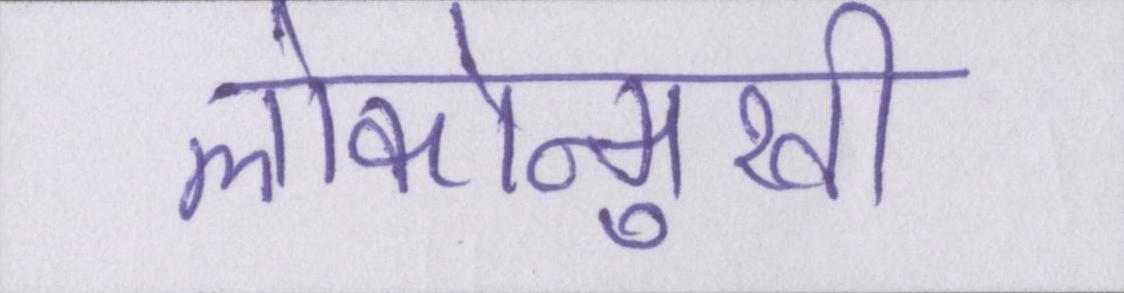
लोकोन्मुखी